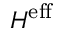
H ^ { \mathrm { { e f f } } }